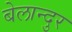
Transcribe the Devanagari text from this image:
बेलान्दुर